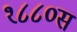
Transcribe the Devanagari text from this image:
१८८०स